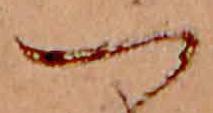
つ